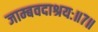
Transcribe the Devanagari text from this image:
जाम्बवदाश्रयः॥७॥